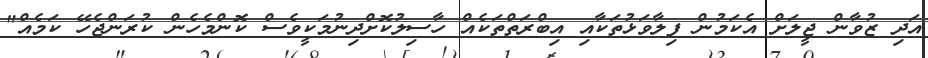
އަދި ޒުވާން ޖީލަށް އެކަމުން ފިލާވަޅުތަކާއި އިބްރަތްތަކެއް ހާސިލުކޮށްދިނުމަކީވެސް ކޮންމެހެން ކުރަންޖެހޭ ކަމެއް"